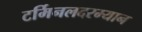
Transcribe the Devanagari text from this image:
टर्मिनलदरम्यान